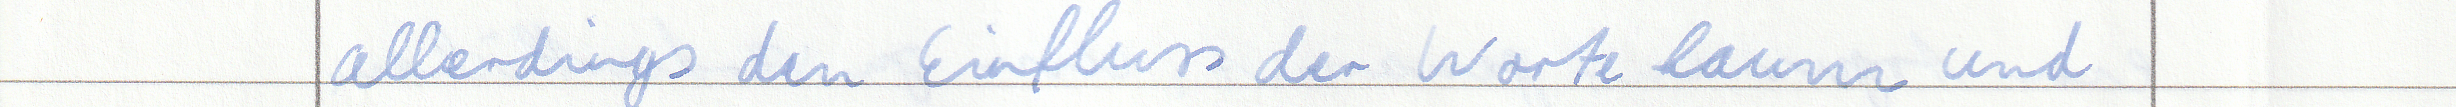
allerdings den Einfluss der Worte kaum und